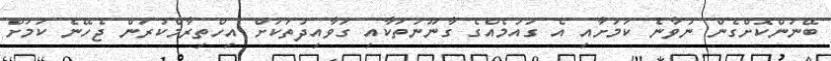
ބޭނުންކޮށްގެން ނުވާނެ ކަމަށާއި އެ ގައުމެއްގެ ގާނޫނުތަކާއި ގަވާއިދުތަކަށް އިހްތިރާމްކުރަން ޖެހޭނެ ކަމަށް